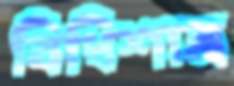
বিধিশাস্ত্র